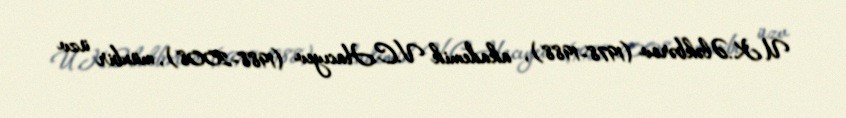
U.K.Ələkbərov (1978-1988), akademik V.C.Hacıyev (1988-2008), müxbir üzv